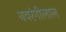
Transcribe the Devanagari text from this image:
नवरंगीलाल